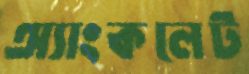
অ্যাংকলেট